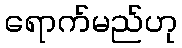
ရောက်မည်ဟု